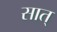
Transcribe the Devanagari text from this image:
सात्